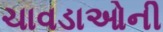
ચાવડાઓની